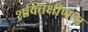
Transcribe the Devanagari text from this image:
शक्तिक्षीणता